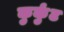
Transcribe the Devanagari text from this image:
कुर्कुट